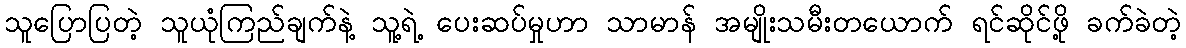
သူပြောပြတဲ့ သူယုံကြည်ချက်နဲ့ သူ့ရဲ့ ပေးဆပ်မှုဟာ သာမာန် အမျိုးသမီးတယောက် ရင်ဆိုင်ဖို့ ခက်ခဲတဲ့